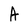
Character: A